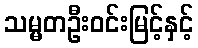
သမ္မတဦးဝင်းမြင့်နှင့်